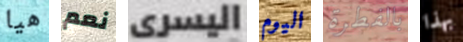
هيا نعم اليسرى اليوم بالفطرة بهذا